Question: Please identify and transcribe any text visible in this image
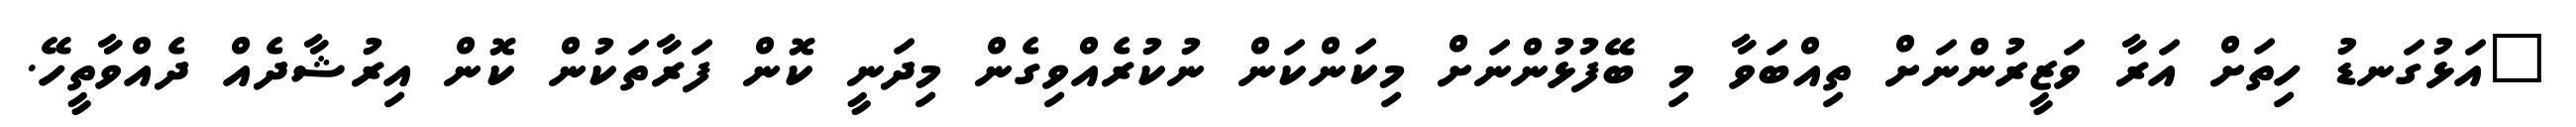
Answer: "އަޅުގަނޑު ހިތަށް އަރާ ވަޒީރުންނަށް ތިއްބަވާ މި ބޭފުޅުންނަށް މިކަންކަން ނުކުރެއްވިގެން މިދަނީ ކޮން ފަރާތަކުން ކޮން އިރުޝާދެއް ދެއްވާތީހޭ.